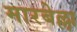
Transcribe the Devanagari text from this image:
मारबेल्ला